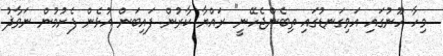
މިހާ ހޫނުގައި އަވިގަނޑުގައި ތިބެންޖެހޭނީ" ރައްޔާ ކާރުން ފައިބަން އުޅެން ފެށުމުން ނަވާޛު